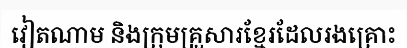
វៀតណាម និងក្រុមគ្រួសារខ្មែរដែលរងគ្រោះ